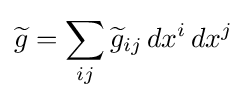
{\widetilde {g}}=\sum _{ij}{\widetilde {g}}_{ij}\,dx^{i}\,dx^{j}